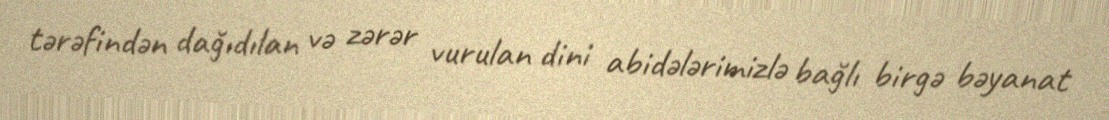
tərəfindən dağıdılan və zərər vurulan dini abidələrimizlə bağlı birgə bəyanat